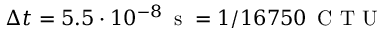
\Delta t = 5 . 5 \cdot 1 0 ^ { - 8 } \, \mathrm { ~ s ~ } = 1 / 1 6 7 5 0 \, \mathrm { ~ C ~ T ~ U ~ }